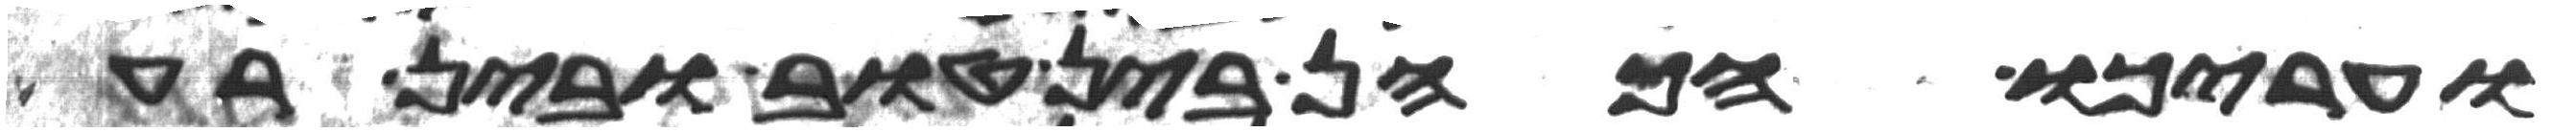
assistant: והעריכו הכהן בין טוב ובין רע